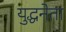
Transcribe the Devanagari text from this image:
युद्धनेता